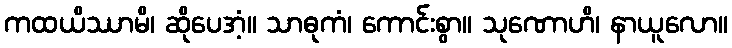
ကထယိဿာမိ၊ ဆိုပေအံ့။ သာဓုကံ၊ ကောင်းစွာ။ သုဏောဟိ၊ နာယူလော။